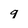
Character: q